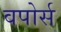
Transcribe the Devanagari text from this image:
वपोर्स